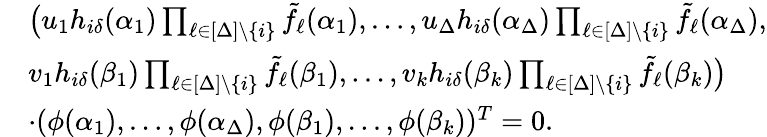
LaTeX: \begin{array}{rl}&{\big(u_{1}h_{i\delta}(\alpha_{1})\prod_{\ell\in[\Delta]\setminus\{ i\} }\tilde{f}_{\ell}(\alpha_{1}),\ldots,u_{\Delta}h_{i\delta}(\alpha_{\Delta})\prod_{\ell\in[\Delta]\setminus\{ i\} }\tilde{f}_{\ell}(\alpha_{\Delta}),}\\ &{v_{1}h_{i\delta}(\beta_{1})\prod_{\ell\in[\Delta]\setminus\{ i\} }\tilde{f}_{\ell}(\beta_{1}),\ldots,v_{k}h_{i\delta}(\beta_{k})\prod_{\ell\in[\Delta]\setminus\{ i\} }\tilde{f}_{\ell}(\beta_{k})\big)}\\ &{\cdot(\phi(\alpha_{1}),\ldots,\phi(\alpha_{\Delta}),\phi(\beta_{1}),\ldots,\phi(\beta_{k}))^{T}=0.}\end{array}